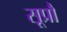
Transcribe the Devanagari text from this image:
सूप्रौ